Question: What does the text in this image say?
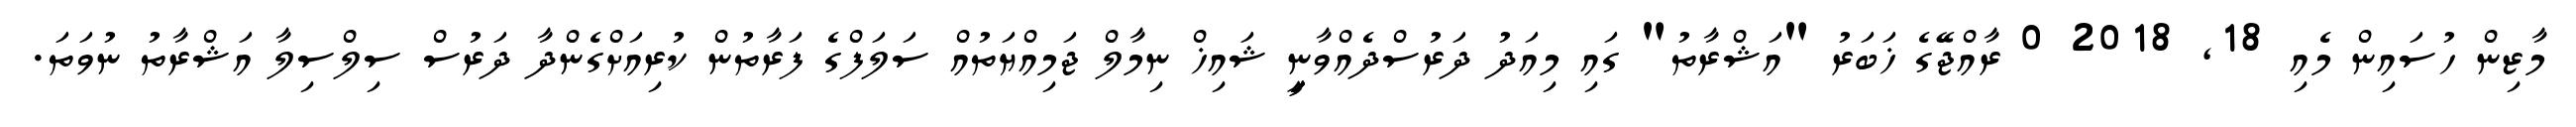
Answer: މާޒިން ހުސައިން މެއި 18, 2018 0 ރާއްޖޭގެ ޚަބަރު "އަޝްރާތު" ގައި މިއަދު ދަރުސްދެއްވާނީިިިިިިިިިިިިިިިިިިިިިިިިި ޝައިޚް ނިމާލް ޖަމިއްޔަތުއް ސަލަފްގެ ފަރާތުން ކުރިއަށްގެންދާ ދަރުސް ސިލްސިލާ އަޝްރާތު ނުވަތަ.